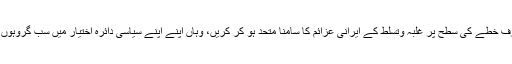
چنانچہ سنی حکمرانوں کی ذمہ داری ہے کہ وہ جہاں ایک طرف خطے کی سطح پر غلبہ وتسلط کے ایرانی عزائم کا سامنا متحد ہو کر کریں، وہاں اپنے اپنے سیاسی دائرہ اختیار میں سب گروہوں کو ان کے جائز سیاسی ومعاشرتی حقوق دینے کا اہتمام کریں۔